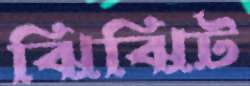
ঝিঝিট